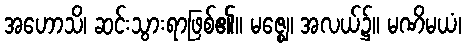
အဟောသိ၊ ဆင်းသွားရာဖြစ်၏။ မဇ္ဈေ၊ အလယ်၌။ မဏိမယံ၊